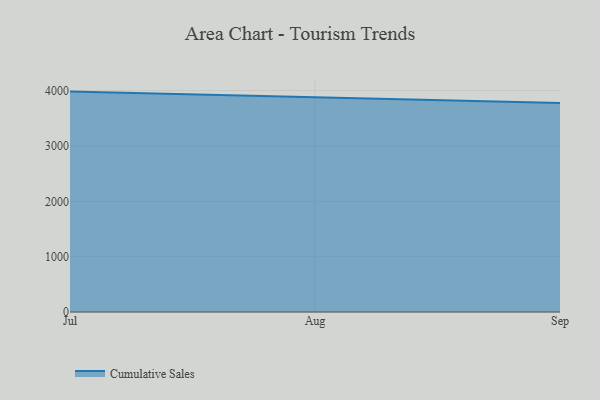
{"axis": {"x": "Month", "y": "Satisfaction Score"}, "legend": ["Cumulative Sales"], "data": [{"x": "Jul", "y": 3982.0, "type": "Cumulative Sales"}, {"x": "Aug", "y": 3876.9, "type": "Cumulative Sales"}, {"x": "Sep", "y": 3774.1, "type": "Cumulative Sales"}]}